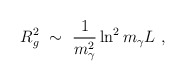
\begin{align*}R^2_g\ \sim\ \frac1{m^2_\gamma}\ln^2m_\gamma L\ ,\end{align*}